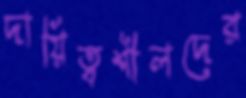
দায়িত্বশীলদের